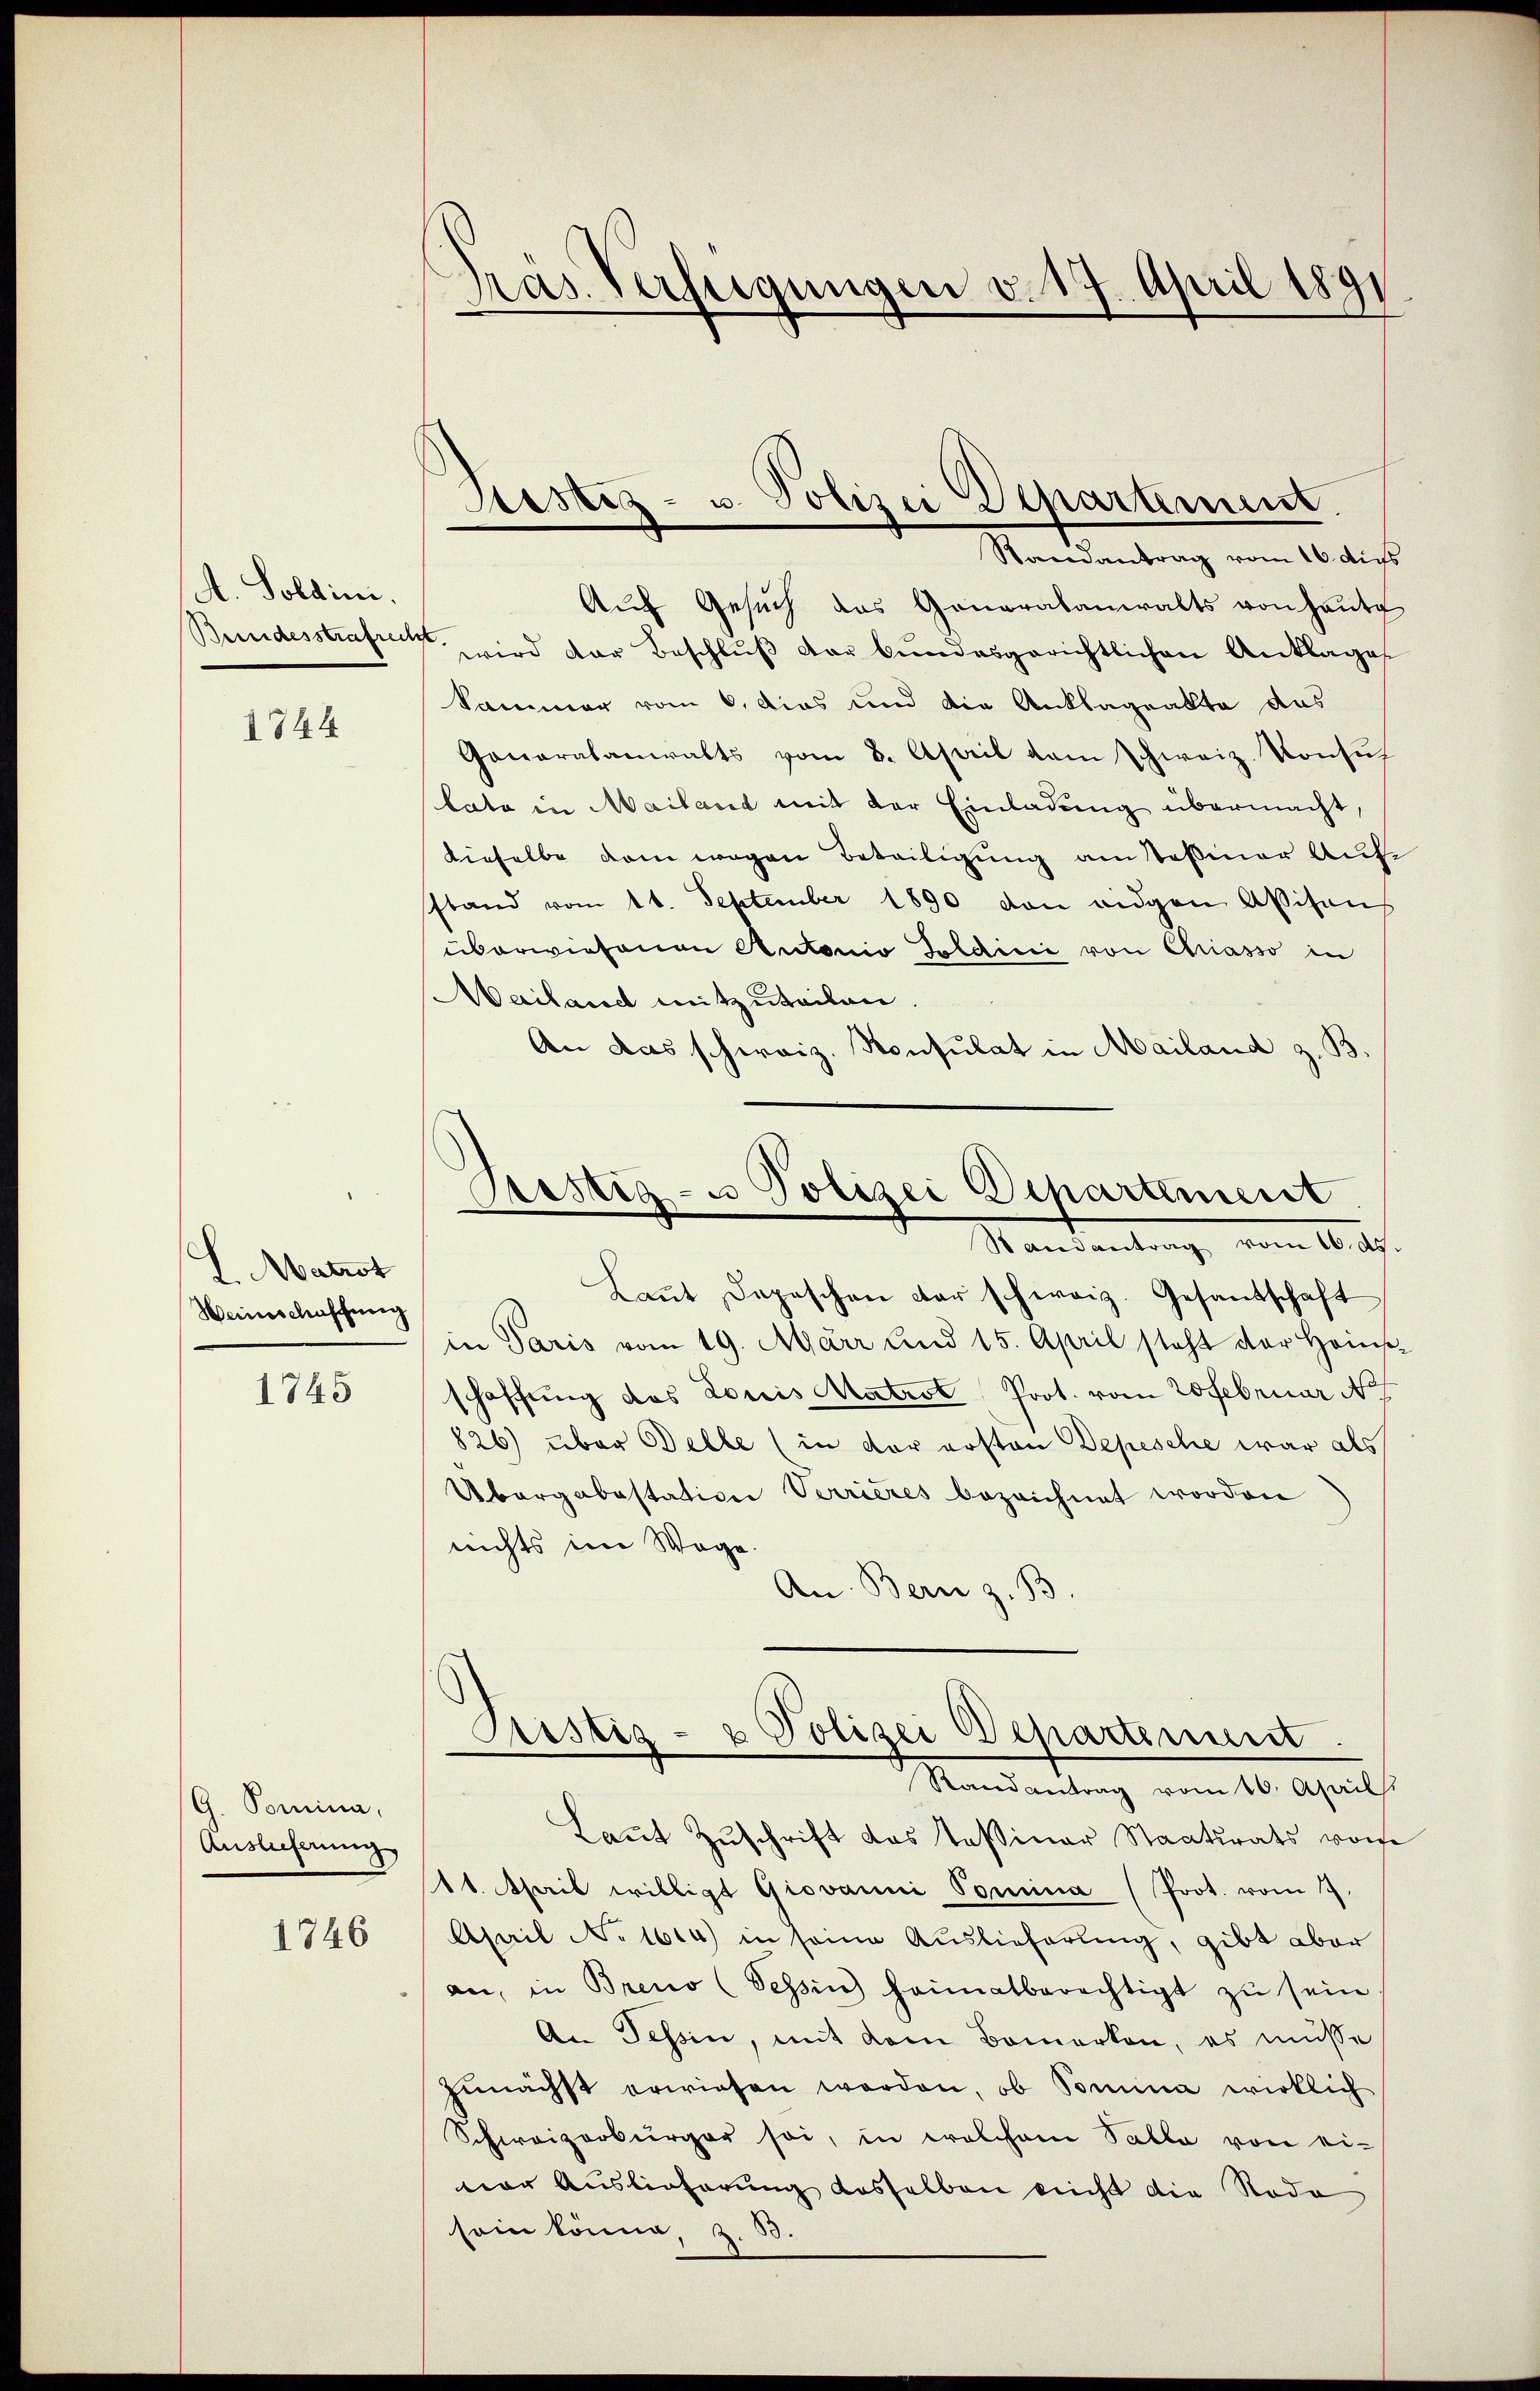
A. Soldini.

1344

L. Matrot
Weinschaffung

1745

G. Domina,
Auslieferung

1746

Präs. Verfügungen v. 17. April 1891

Ristiz- u. Polizei Departement.
Randantrag vom 16. Aus

Auf Gesuch das Generalanwalts von Haute
Bundesstrafen wird der Beschluß der bundesgerichtlichen Anklage
kammer vom 6. dies und die Anklageakte das
Ganaralanwalts vom 8. April dem Schweiz. Konsullata in Mailant mit der Einladung übermacht,
dieselbe dem wegen Beteiligung am Teßiner Aufstand vom 11. September 1890 von eidgen Assisons
überwiesenen Antonio Soldicii von Chriasso in
Wailand mitzuteilen.
An das schweiz. Konsulat in Mailand z. B.
Lannt Depeschen der schweiz. Gesantschaft
in Paris vom 19. März und 15. April steht der Haus
schaffung des Loris Matrst Prot. vom 20 Februar N
826) über Belle (in der ersten Depesche war als
Ubergabestation Verrieres bezeichnet worden
nichts im Wege.
An: Bern z. 33
Ristig- u Polizei Departement.
Randantrag vom 10. April.
Laut Zuschrift das Tessiner Staatsrats vorhe
11. April willigt Giovanni Domina (Prot. vom 7.
April No 1614) in seine Auslieferung, gibt aber
an, in Breno (Tessin heimatberechtigt zu sein
An Tessin, mit dem Bemerken, es müsse
zŭnächst erwiesen worden, ob Somina wirklich
Schweizerbürger sei, in welchem Salle von ei-
vor Auslieferung dasselben nicht die Roda
sein könne, z. 53.

Bestig- u Polizei Departement
Randantrag vom 16. ds.